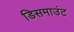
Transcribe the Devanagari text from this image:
डिसमाउंट